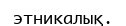
этникалық.